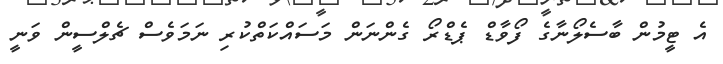
އެ ޓީމުން ބާސެލޯނާގެ ފޯވާޑް ޕެޑްރޯ ގެންނަން މަސައްކަތްކުރި ނަމަވެސް ޗެލްސީން ވަނީ